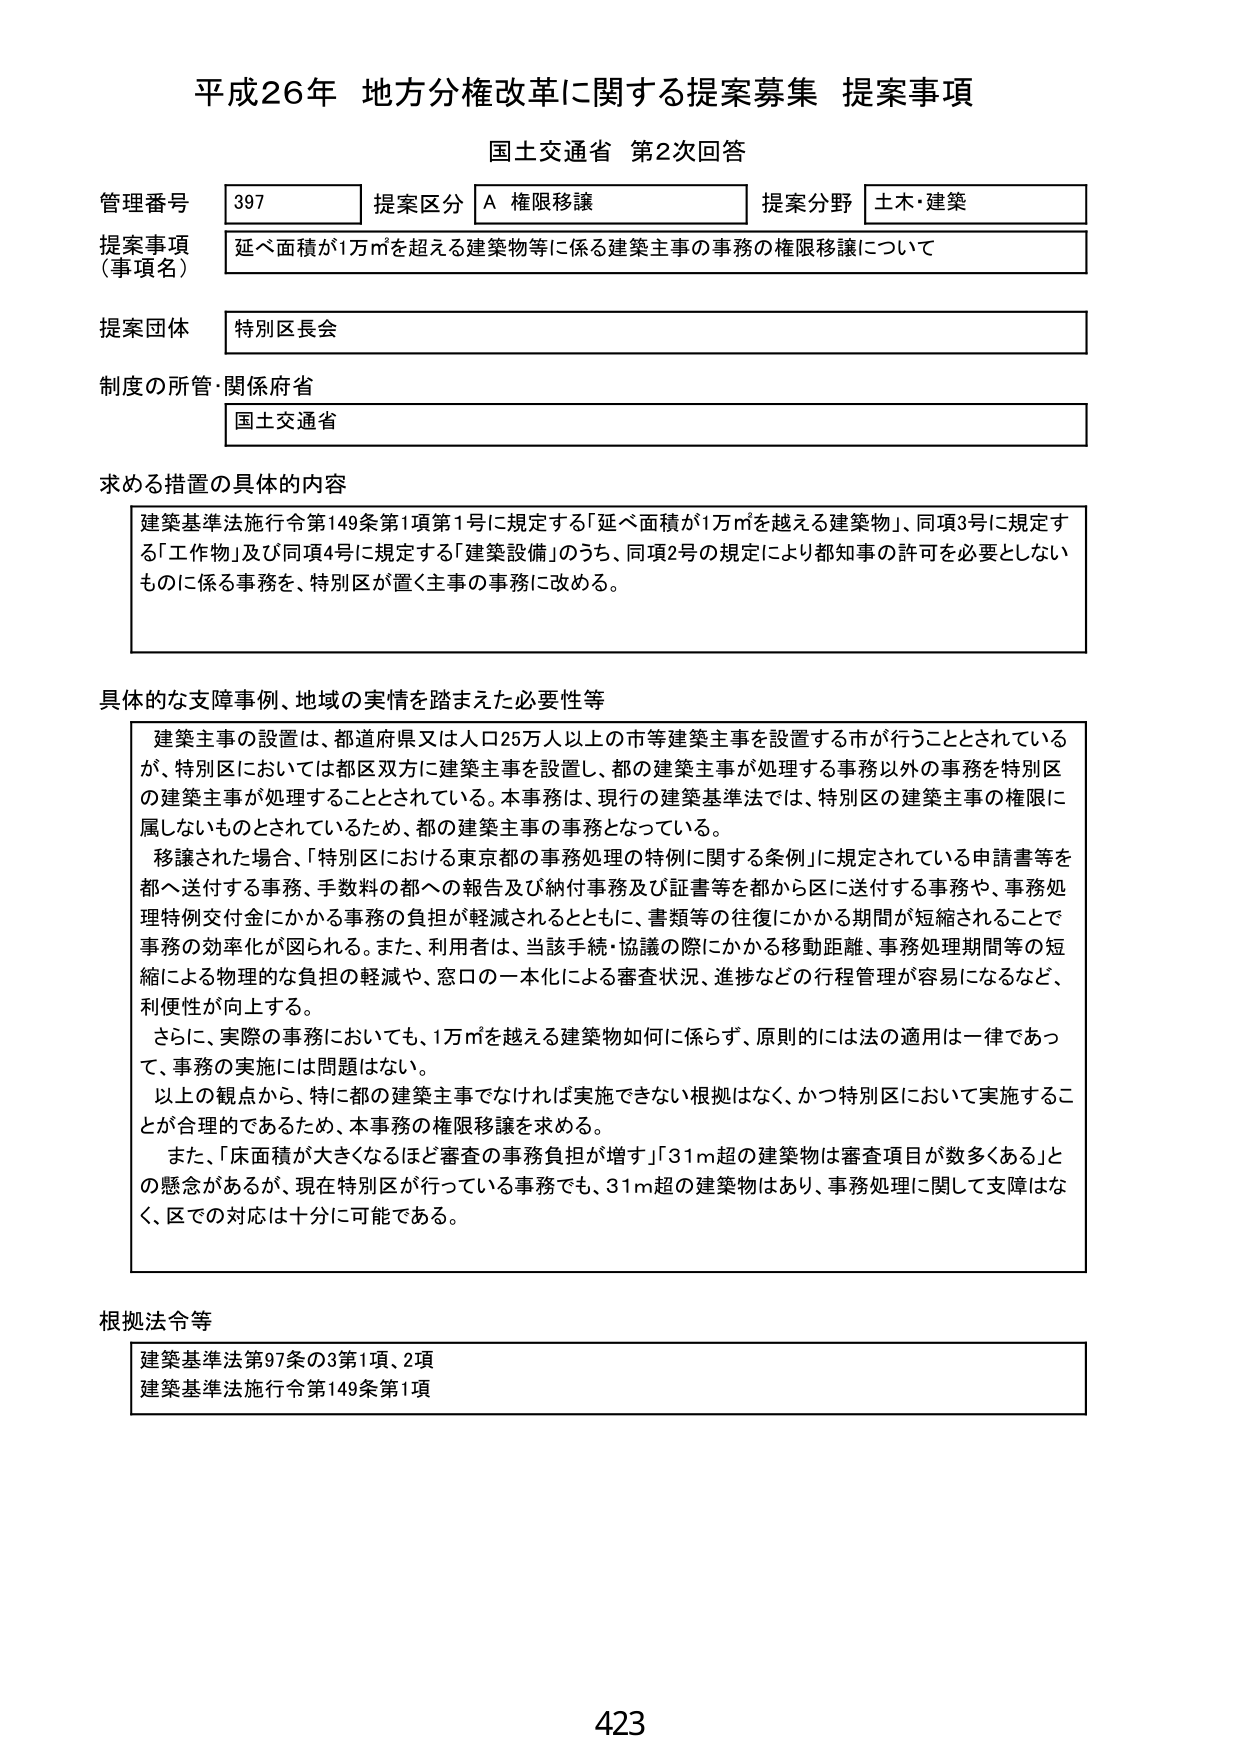
平成26年 地方分権改革に関する提案募集 提案事項
国土交通省 第2次回答

管理番号 397 提案区分 A 権限移譲 提案分野 土木・建築
提案事項（事項名） 延べ面積が1万㎡を超える建築物等に係る建築主事の事務の権限移譲について
提案団体 特別区長会
制度の所管・関係府省 国土交通省

求める措置の具体的内容
建築基準法施行令第149条第1項第1号に規定する「延べ面積が1万㎡を超える建築物」、同項3号に規定する「工作物」及び同項4号に規定する「建築設備」のうち、同項2号の規定により都知事の許可を必要としないものに係る事務を、特別区が置く主事の事務に改める。

具体的な支障事例、地域の実情を踏まえた必要性等
建築主事の設置は、都道府県又は人口25万人以上の市等建築主事を設置する市が行うこととされているが、特別区においては都区双方に建築主事を設置し、都の建築主事が処理する事務以外の事務を特別区の建築主事が処理することとされている。本事務は、現行の建築基準法では、特別区の建築主事の権限に属しないものとされているため、都の建築主事の事務となっている。
移譲された場合、「特別区における東京都の事務処理の特例に関する条例」に規定されている申請書等を都へ送付する事務、手数料の都への報告及び納付事務及び証書等を都から区に送付する事務や、事務処理特例交付金にかかる事務の負担が軽減されるとともに、書類等の往復にかかる期間が短縮されることで事務の効率化が図られる。また、利用者は、当該手続・協議の際にかかる移動距離、事務処理期間等の短縮による物理的な負担の軽減や、窓口の一本化による審査状況、進捗などの行程管理が容易になるなど、利便性が向上する。
さらに、実際の事務においても、1万㎡を超える建築物如何に係らず、原則的には法の適用は一律であって、事務の実施には問題はない。
以上の観点から、特に都の建築主事でなければ実施できない根拠はなく、かつ特別区において実施することが合理的であるため、本事務の権限移譲を求める。
また、「床面積が大きくなるほど審査の事務負担が増す」「31m超の建築物は審査項目が数多くある」との懸念があるが、現在特別区が行っている事務でも、31m超の建築物はあり、事務処理に関して支障はなく、区での対応は十分に可能である。

根拠法令等
建築基準法第97条の3第1項、2項
建築基準法施行令第149条第1項

423